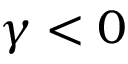
\gamma < 0